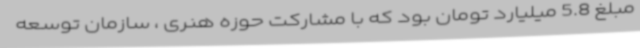
مبلغ 5.8 میلیارد تومان بود که با مشارکت حوزه هنری ، سازمان توسعه